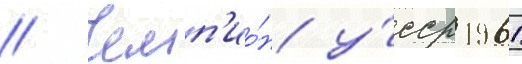
// Чемп'ио́н у́сср 1961